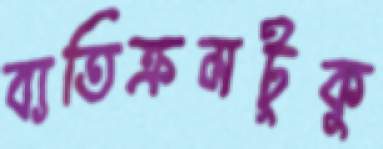
ব্যতিক্রমটুকু